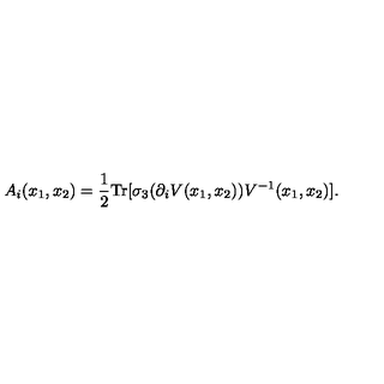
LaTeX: A _ { i } ( x _ { 1 } , x _ { 2 } ) = \frac { 1 } { 2 } \mathrm { T r } [ \sigma _ { 3 } ( \partial _ { i } V ( x _ { 1 } , x _ { 2 } ) ) V ^ { - 1 } ( x _ { 1 } , x _ { 2 } ) ] .